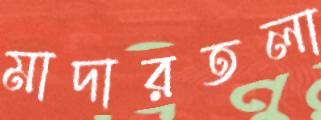
মাদারতলা